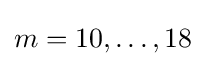
m=10,\ldots ,18